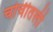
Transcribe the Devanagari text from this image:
चोचीतली